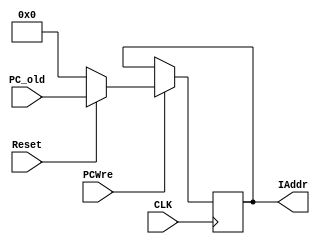
`timescale 1ns / 1ps
//////////////////////////////////////////////////////////////////////////////////
// Company: 
// Engineer: 
// 
// Design Name: 
// Module Name: PC
// Project Name: 
// Target Devices: 
// Tool Versions: 
// Description: 
// 
// Dependencies: 
// 
// Revision:
// Revision 0.01 - File Created
// Additional Comments:
// 
//////////////////////////////////////////////////////////////////////////////////


module PC(
    input signed[31:0] PC_old,
    input CLK,
    input Reset,
    input PCWre,
    output reg signed[31:0] IAddr
    );
    
    
    always@(posedge CLK )
    begin
        if(PCWre)
        begin
            if(Reset==1'b0)
                IAddr<=32'h0000_0000;
            else
                IAddr<=PC_old;
        end
    end
endmodule